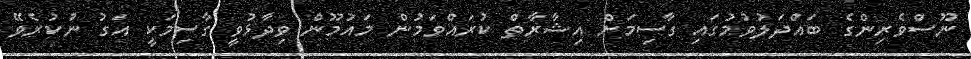
ނޫސްވެރިންގެ ބައްދަލުވުމުގައި ގާސިމަށް އިޝާރާތް ކުރައްވަމުން މައުމޫން ވިދާޅުވީ ގާސިމަކީ އަގު ނުކުރެވޭ